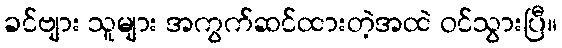
ခင်ဗျား သူများ အကွက်ဆင်ထားတဲ့အထဲ ဝင်သွားပြီ။